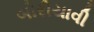
બોરીયાવી